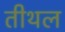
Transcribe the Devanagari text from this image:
तीथल